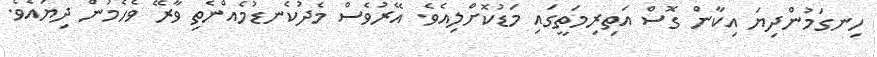
ހިނގަމުންދިޔަ އިކާން ގޮސް އަތިރިމަތީގައި މަޑުކޮށްލިއެވެ. އޭރުވެސް މެދުކެނޑުމެއްނެތި ވާރޭ ވެހެމުން ދިޔައެވެ.